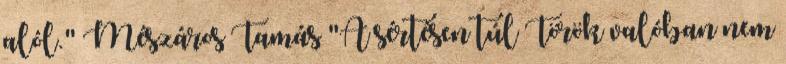
alól." Mészáros Tamás "A sértésen túl Török valóban nem